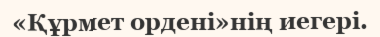
«Құрмет ордені»нің иегері.